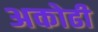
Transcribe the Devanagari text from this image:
अकोढी